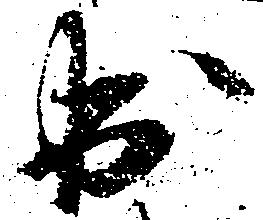
出